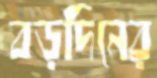
বড়দিনের